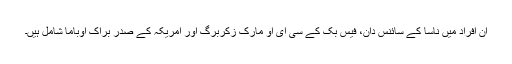
ان افراد میں ناسا کے سائنس دان، فیس بک کے سی ای او مارک زکربرگ اور امریکہ کے صدر براک اوباما شامل ہیں۔